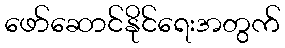
ဖော်ဆောင်နိုင်ရေးအတွက်